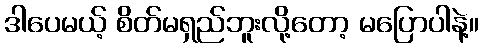
ဒါပေမယ့် စိတ်မရှည်ဘူးလို့တော့ မပြောပါနဲ့။